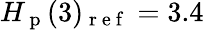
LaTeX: H_{\mathrm{~p~}}(3)_{\mathrm{~r~e~f~}}=3.4